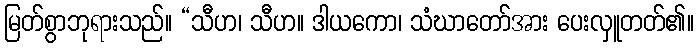
မြတ်စွာဘုရားသည်။ “သီဟ၊ သီဟ။ ဒါယကော၊ သံဃာတော်အား ပေးလှူတတ်၏။